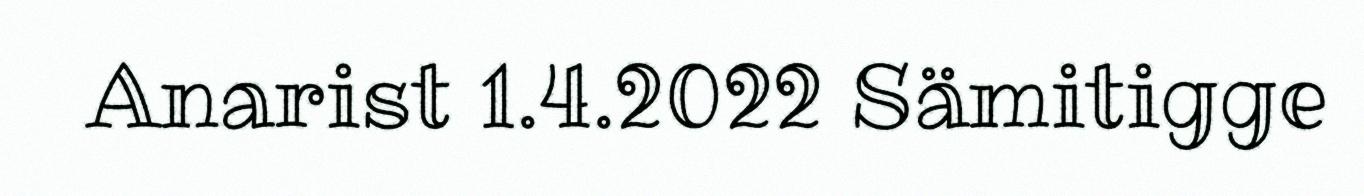
Anarist 1.4.2022 Sämitigge